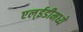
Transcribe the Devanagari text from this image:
एल्‌ईडीमध्ये